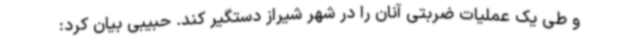
و طی یک عملیات ضربتی آنان را در شهر شیراز دستگیر کند. حبیبی بیان کرد: